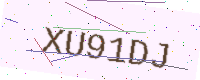
Text: XU91DJ